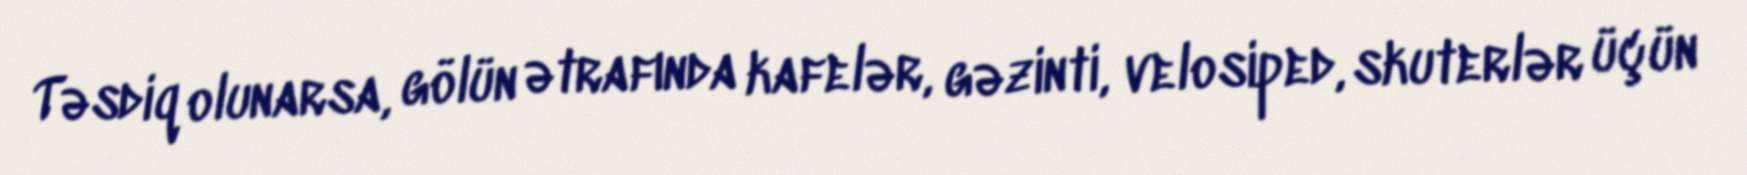
Təsdiq olunarsa, gölün ətrafında kafelər, gəzinti, velosiped, skuterlər üçün